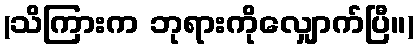
(သိကြားက ဘုရားကိုလျှောက်ပြီ။)